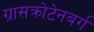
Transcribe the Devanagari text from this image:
ग्रासक्रोटेनबर्ग